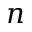
n